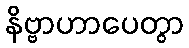
နိဗ္ဗာဟာပေတွာ